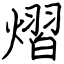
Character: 熠